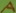
Text: A